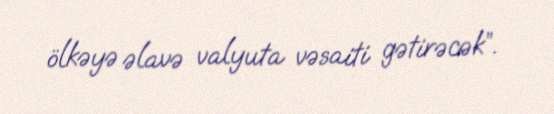
ölkəyə əlavə valyuta vəsaiti gətirəcək”.